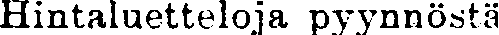
Hintaluetteloja pyynnöstä